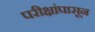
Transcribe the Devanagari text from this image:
परीक्षांपासून